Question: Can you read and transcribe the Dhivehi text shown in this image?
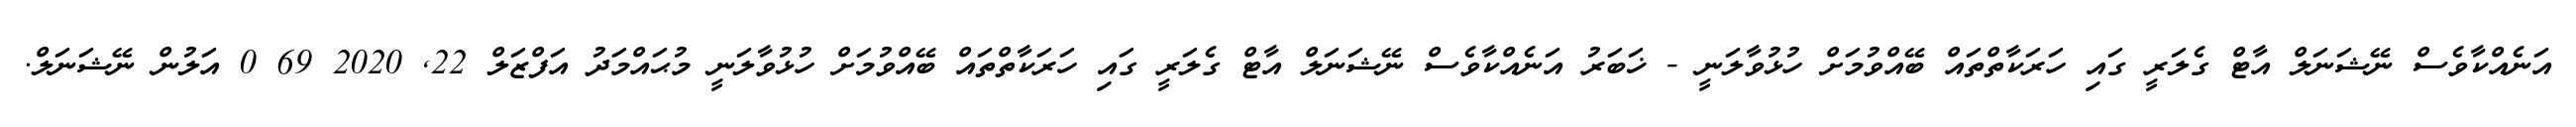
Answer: އަނެއްކާވެސް ނޭޝަނަލް އާޓް ގެލަރީ ގައި ހަރަކާތްތައް ބޭއްވުމަށް ހުޅުވާލަނީ - ޚަބަރު އަނެއްކާވެސް ނޭޝަނަލް އާޓް ގެލަރީ ގައި ހަރަކާތްތައް ބޭއްވުމަށް ހުޅުވާލަނީ މުޙައްމަދު އަފްޒަލް 22, 2020 69 0 އަލުން ނޭޝަނަލް.